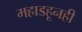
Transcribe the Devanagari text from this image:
महाडहूनही